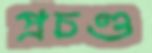
প্রচণ্ড